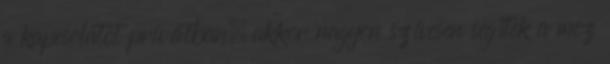
a kapcsolatot privátban, akkor nagyon szívesen segítek a mez